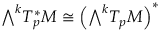
{ \textstyle \bigwedge } ^ { k } T _ { p } ^ { * } M \cong { \Big ( } { \textstyle \bigwedge } ^ { k } T _ { p } M { \Big ) } ^ { * }